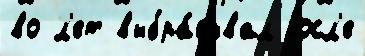
во л'ет выбра́сывал посл'е